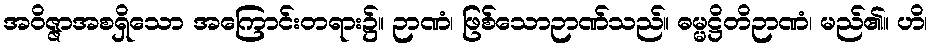
အဝိဇ္ဇာအစရှိသော အကြောင်းတရား၌။ ဉာဏံ၊ ဖြစ်သောဉာဏ်သည်။ ဓမ္မဋ္ဌိတိဉာဏံ၊ မည်၏။ ဟိ၊